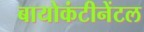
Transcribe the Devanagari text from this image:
बायोकंटीनेंटल